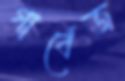
গার্বেজ